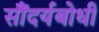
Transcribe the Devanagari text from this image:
सौंदर्यबोधी